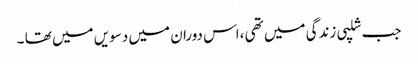
جب شلپی زندگی میں تھی ،اس دوران میں دسویں میں تھا ۔